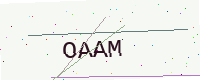
Text: OAAM